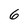
Character: 6